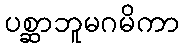
ပစ္ဆာဘူမဂမိကာ